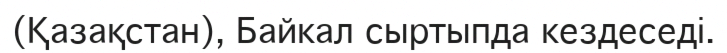
(Қазақстан), Байкал сыртыпда кездеседі.